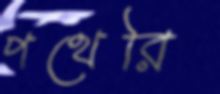
পথেরি